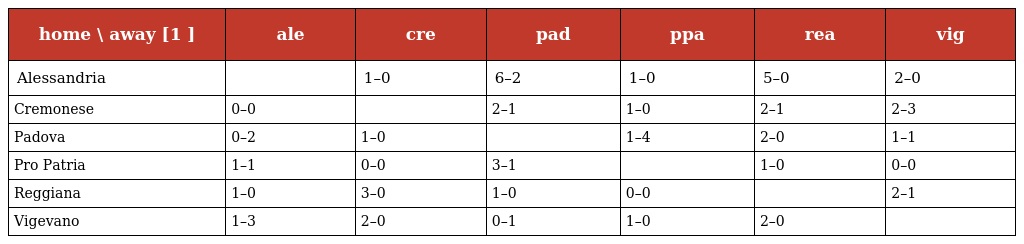
| home \ away [1 ] | ale | cre | pad | ppa | rea | vig |
 | --- | --- | --- | --- | --- | --- | --- |
 | Alessandria |  | 1–0 | 6–2 | 1–0 | 5–0 | 2–0 |
 | Cremonese | 0–0 |  | 2–1 | 1–0 | 2–1 | 2–3 |
 | Padova | 0–2 | 1–0 |  | 1–4 | 2–0 | 1–1 |
 | Pro Patria | 1–1 | 0–0 | 3–1 |  | 1–0 | 0–0 |
 | Reggiana | 1–0 | 3–0 | 1–0 | 0–0 |  | 2–1 |
 | Vigevano | 1–3 | 2–0 | 0–1 | 1–0 | 2–0 |  |